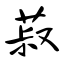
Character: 菽